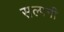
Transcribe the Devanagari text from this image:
सल्पनी